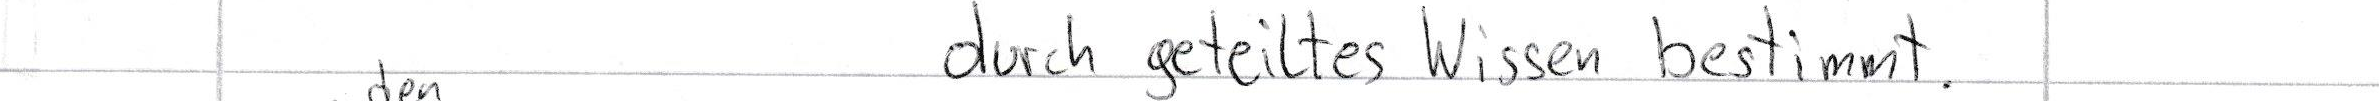
durch geteiltes Wissen bestimmt.